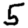
Digit: 5